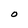
Character: O